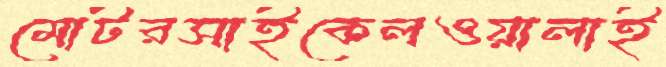
মোটরসাইকেলওয়ালাই